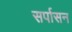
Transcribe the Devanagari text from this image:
सर्पासन